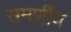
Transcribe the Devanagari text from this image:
समर्णीय